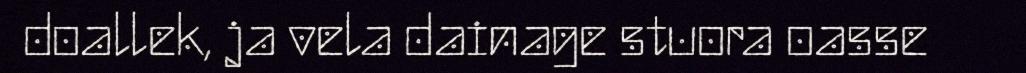
doallek, ja vela dainage stuora oasse